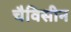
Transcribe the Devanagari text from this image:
चैविसीन